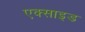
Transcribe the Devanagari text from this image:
एक्साइड